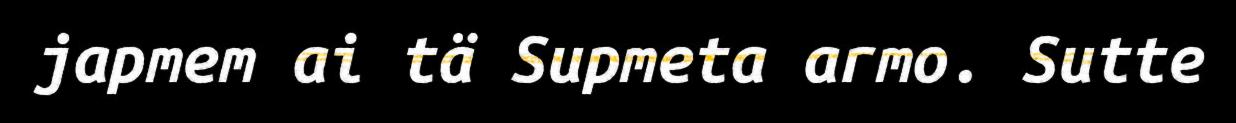
japmem ai tä Supmeta armo. Sutte